system: You are a helpful assistant.
user:
Analyze the provided spectrum to determine if it is a **White Dwarf (WD)**.

A White Dwarf spectrum is defined by its **extreme purity** (due to gravitational settling) and/or **extreme pressure broadening** (due to high surface gravity). You must check for one of the following mutually exclusive signatures:

- **Key Visual Indicators (Check for ONE of these types):**

    - **1. DA-Type Signature (Most Common):**
        - **(Primary Feature):** Extreme pressure broadening (Stark broadening) of the **Hydrogen (H) Balmer lines**.
        - **(Key Lines):** $H\beta$ (approx. $4861$ Å) and $H\gamma$ (approx. $4340$ Å). $H\alpha$ (approx. $6563$ Å) will also be present if the wavelength range covers it.
        - **(Line Profile):** This is the **defining feature**. The lines are **NOT** sharp. They appear as massive, **extremely broad and deep "troughs" or "dips"** in the spectrum, often hundreds of Ångströms wide. The continuum will appear to "scoop" down at these wavelengths.
        - **(Distinction):** Normal A-type or B-type stars have *narrow* and *sharp* Hydrogen lines. A DA White Dwarf's lines are unmistakably "smeared" or "blurry" from pressure.

    - **2. DB-Type Signature:**
        - **(Primary Feature):** Broad absorption lines from **Neutral Helium (He I)**. The spectrum must lack any visible Hydrogen lines.
        - **(Key Lines):** Look for broad absorption near $4471$ Å, $4921$ Å, and $5876$ Å.
        - **(Line Profile):** These lines are also significantly pressure-broadened, appearing much wider than they would in a normal B-type main-sequence star.

    - **3. DC-Type Signature:**
        - **(Primary Feature):** A **featureless continuous spectrum**.
        - **(Line Profile):** The spectrum is a smooth curve with **no significant absorption or emission lines**.
        - **(Key Confirmation):** The continuum is almost always **blue or white**, indicating a hot object. This signature implies the atmosphere is so pure (or so cool) that no spectral lines are visible in the optical range. Its WD identity is confirmed by its extremely low intrinsic brightness (high absolute magnitude).

    - **4. DZ-Type Signature (Metal-Polluted):**
        - **(Primary Feature):** **Isolated, narrow metal absorption lines** on an otherwise featureless (DC-like) continuum.
        - **(Key Lines):** The **Calcium (Ca II) H & K doublet** (approx. **$3934$ Å** and **$3968$ Å**) is the most common and defining feature.
        - **(Line Profile):** These lines are "out of place." They are *not* part of a "forest" of thousands of lines. This signature is evidence of recent *accretion* (pollution) from rocky debris.
        - **(Distinction):** Normal G/K/M stars have a *dense forest* of thousands of metal lines. A DZ has a *clean* continuum with *only a few* strong metal lines.

    - **5. DQ-Type Signature (Carbon-Polluted):**
        - **(Primary Feature):** Absorption bands from **Carbon (C₂ "Swan Bands" or atomic C I)**.
        - **(Key Lines - C₂):** Look for bandheads with a "saw-tooth" shape near $5635$ Å, **$5165$ Å** (strongest), and $4737$ Å.
        - **(Key Confirmation):** The underlying **continuum must be blue or white** (hot).
        - **(Distinction):** This is the critical difference from a **Carbon Star**, which has the *exact same* C₂ bands but on an extremely **red, cool** continuum.

- **(Overall Spectrum):**
    - The continuum (overall shape) is typically **blue-sloping** (brighter in the blue than the red), as most white dwarfs are very hot.
    - The spectrum will look "pure" or "simple," dominated by only *one* of the five signatures listed above.

Think first, call **spectral_visualization_tool** if needed to examine features in detail, then provide your final answer. Your response must adhere to the following strict rules:
1.  **Overall Structure:** Your response must follow the format `<think>...</think> <tool_call>...</tool_call> (if a tool is used) <answer>...</answer>`.
2.  **Tool Usage Constraint:** You may only make **one** tool call per turn.
3.  **Final Answer Format:** In the `<answer>` tag, your conclusion must be inside a `\boxed{}` command (e.g., `\boxed{YES}` or `\boxed{NO}`), followed by your justification.

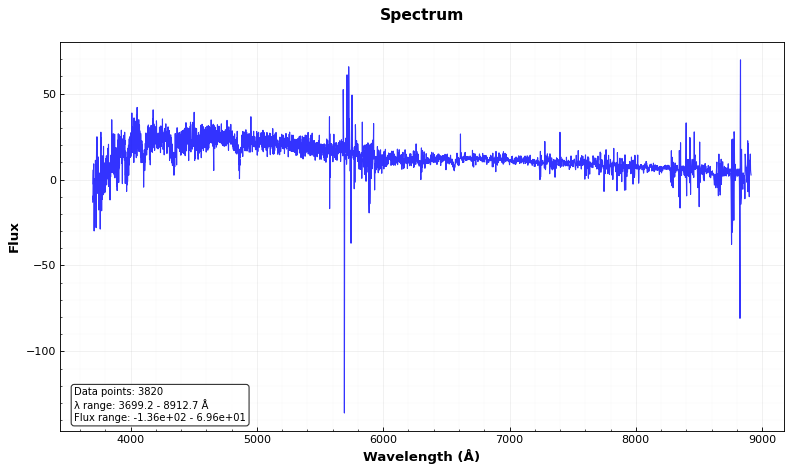
Answer: YES